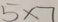
5 \times 7